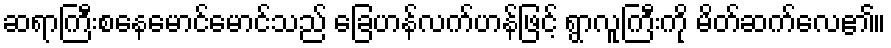
ဆရာကြီးစနေမောင်မောင်သည် ခြေဟန်လက်ဟန်ဖြင့် ရွာလူကြီးကို မိတ်ဆက်လေ၏။